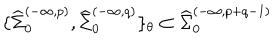
\{ { \widehat \Sigma } _ { 0 } ^ { ( - \infty , p ) } , { \widehat \Sigma } _ { 0 } ^ { ( - \infty , q ) } \} _ { \theta } \subset { \widehat \Sigma } _ { 0 } ^ { ( - \infty , p + q - 1 ) }